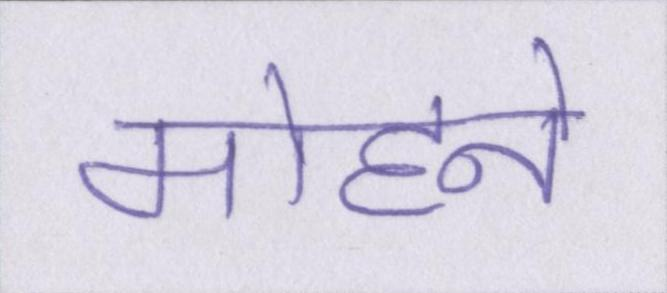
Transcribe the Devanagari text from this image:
मोहने